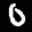
Label: 0